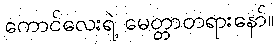
ကောင်လေးရဲ့ မေတ္တာတရားနော်။